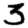
Digit: 3